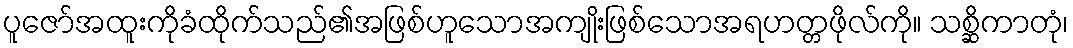
ပူဇော်အထူးကိုခံထိုက်သည်၏အဖြစ်ဟူသောအကျိုးဖြစ်သောအရဟတ္တဖိုလ်ကို။ သစ္ဆိကာတုံ၊